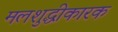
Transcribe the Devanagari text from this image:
मलशुद्धीकारक